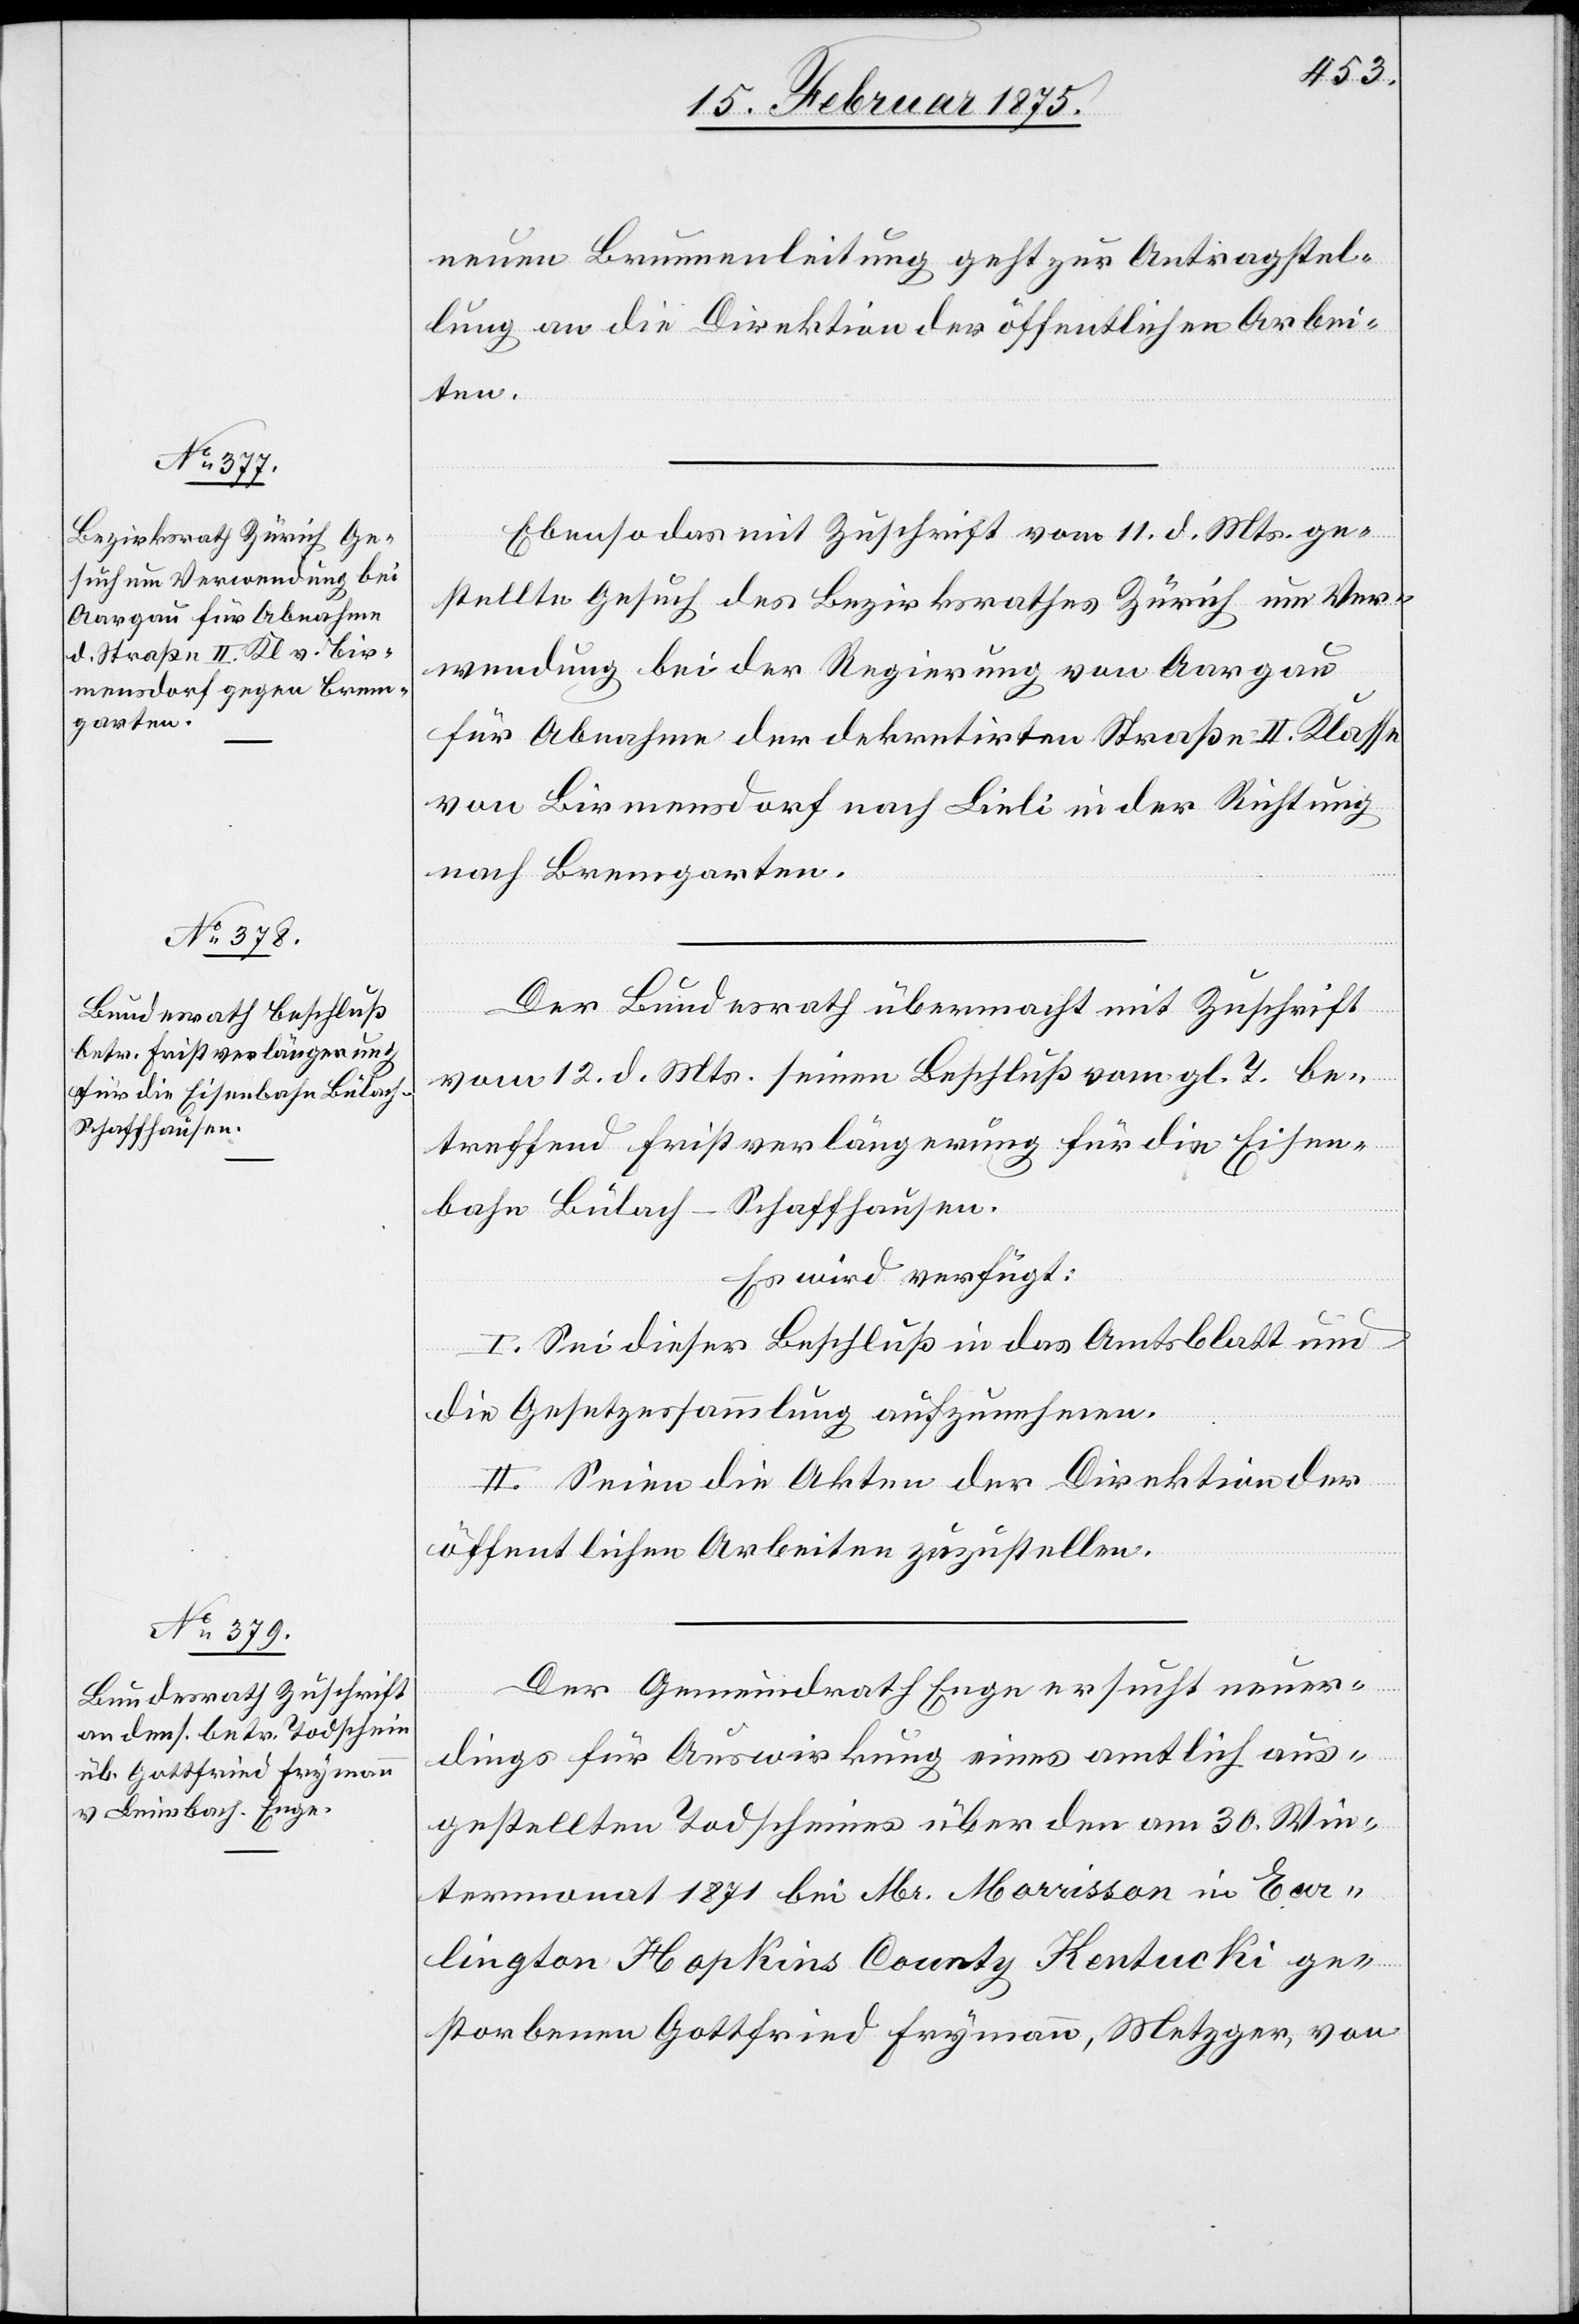
16. Februar 1875.]
neuen Brunnenleitung geht zur Antragstel¬
lung an die Direktion der öffentlichen Arbei¬
ten.
Ebenso das mit Zuschrift vom 11. d. Mts. ge¬
stellte Gesuch des Bezirksrathes Zürich um Ver¬
wendung bei der Regierung von Aargau
für Abnahme der dekretirten Straße II. Klasse
von Birmensdorf nach Lieli in der Richtung
nach Bremgarten.
Der Bundesrath übermacht mit Zuschrift
vom 12. d. Mts. seinen Beschluß vom gl. T. be¬
treffend Fristverlängerung für die Eisen¬
bahn Bülach-Schaffhausen.
Es wird verfügt:
I. Sei dieser Beschluß in das Amtsblatt und
die Gesetzessammlung aufzunehmen.
II. Seien die Akten der Direktion der
öffentlichen Arbeiten zuzustellen.
Der Gemeindrath Enge ersucht neuer¬
dings für Auswirkung eines amtlich aus¬
gestellten Todscheines über den am 30. Win¬
termonat 1871 bei Mr. Morrisson in Eor¬
lington Hopkins County Kentucki ge¬
storbenen Gottfried Freymann, Metzger, von